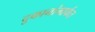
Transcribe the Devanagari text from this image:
दुकानांमार्फत